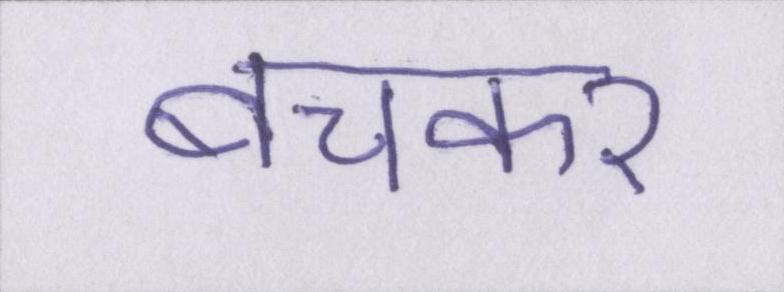
बचकर